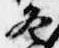
冬